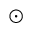
\odot